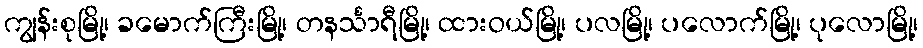
ကျွန်းစုမြို့၊ ခမောက်ကြီးမြို့၊ တနင်္သာရီမြို့၊ ထားဝယ်မြို့၊ ပလမြို့၊ ပလောက်မြို့၊ ပုလောမြို့၊